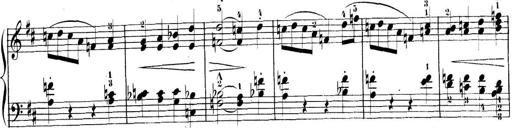
Title: 3 Sonatinen, Op.8
Composer: Isidor Wilhelm Seiss